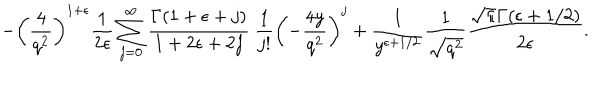
- \left( \frac { 4 } { q ^ { 2 } } \right) ^ { 1 + \epsilon } \frac { 1 } { 2 \epsilon } \sum _ { j = 0 } ^ { \infty } \frac { \Gamma ( 1 + \epsilon + j ) } { 1 + 2 \epsilon + 2 j } ~ \frac { 1 } { j ! } \left( - \frac { 4 y } { q ^ { 2 } } \right) ^ { j } + \frac { 1 } { y ^ { \epsilon + 1 / 2 } } \frac { 1 } { \sqrt { q ^ { 2 } } } \frac { \sqrt { \pi } \Gamma ( \epsilon + 1 / 2 ) } { 2 \epsilon } .